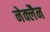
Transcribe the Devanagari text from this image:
नेक्लैन